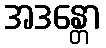
အဒန္တော